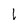
Character: l